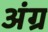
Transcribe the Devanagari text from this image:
अंग्र